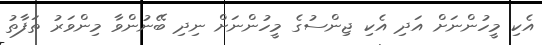
އެކި މީހުންނަށް އަދި އެކި ޖިންސުގެ މީހުންނަށް ނިދި ބޭނުންވާ މިންވަރު ތަފާތު